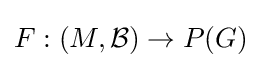
F:(M,{\mathcal {B}})\to P(G)